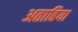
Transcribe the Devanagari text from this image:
अताहिया